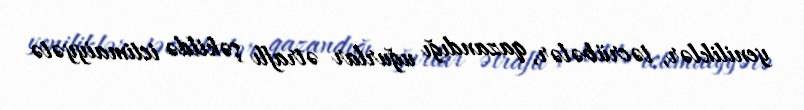
yeniliklər, təcrübələr, qazandığı uğurlar ətraflı şəkildə ictimaiyyətə